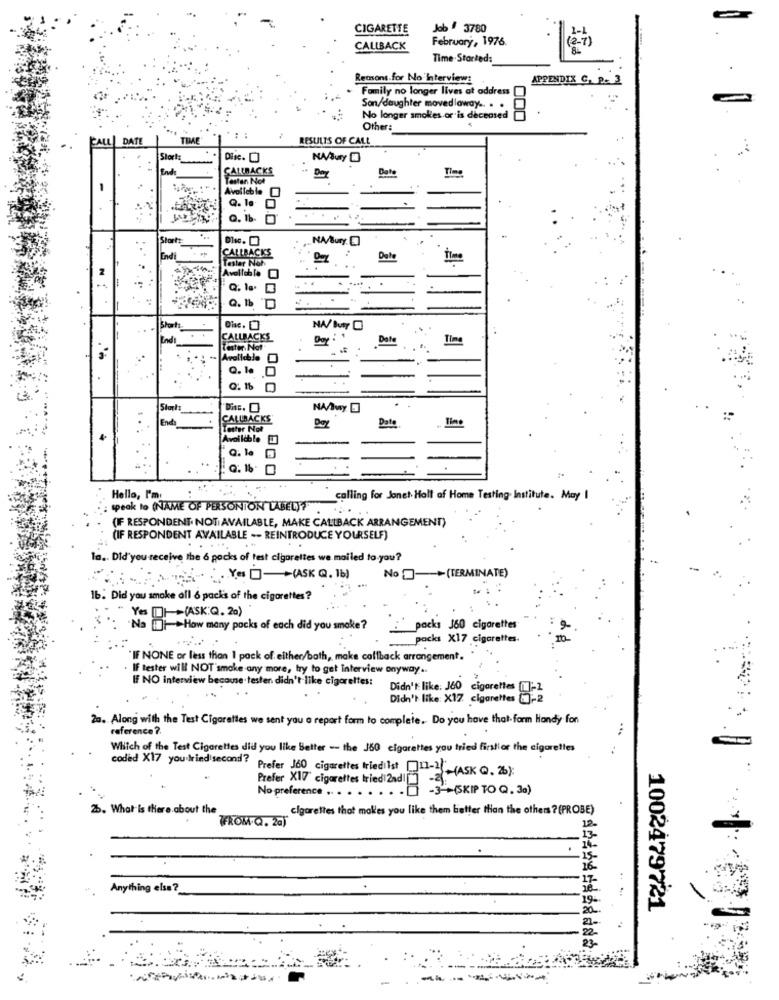
CIGARETTE
Job . 3780
1-1
February, 1976.
CALLBACK
( 2-7 )
Time.Starked:
Reasons for No Interview:
APPENDIX C. P- 3
Family no longer lives at address
Son/daughter movedlaway .. . .
No longer smokes or is deceased
000
Other:
CALL DATE
THAR
RESULTS OF CALL
Stort:
CALLBACKS
Date
Time
Tasten Not
Available
Q. le.
Stort
NA/Bury
CALLBACKS
Tester Noh
Date
Time
Avoltehle
...
Indi
CALLBACKS
Data
Time
Tester Not
Available
Q. b. D
NA/Ivay.
CALLBACKS
Dat
Date
Time
Tester Not
Available
Hello, I'm
calling for Jonet Halt af Home Testing Institute. May I
: speak to (NAME OF PERSONION LABEL)T
(IF RESPONDENT NOT AVAILABLE, MAKE CALLBACK ARRANGEMENT)
(IF RESPONDENT AVAILABLE -- REINTRODUCE YOURSELF)
la .. Did you receive the 6 packs of test cigarettes we mailed to you?
No-+(TERMINATE)
Yes 0- +(ASK Q. 16)
1b. Did you smoke all 6 packs of the cigarettes?
Yes DI(ASK Q. 20)
Na []++How many packs of each did you smoke?
packs J60 cigarettes
packs X17 cigarettes.
IF NONE or less than I pack of either/bath, make callback arrangement.
IF tester will NOT smoke-any more, try to get interview anyway ..
IF NO interview because.testen didn't like cigarettes:
Didn't like: 360
cigarettes [
Didn't like: X17. cigarettes
20. Along with the Test Cigarettes we sent you a report form to complete. Do you have that- form Handy fon
reference ?
Which of the Test Cigarettes did you like Better -- the J60 cigarettes you tried firstfor the cigarettes
coded X17 you tried second?
Prefer 160 cigarettes triedlist ]1-2-(ASK Q. 2):
Prefer X17 cigarettes tried 2nd|[] -2):
No preference .. .
..... . ] -3"+(KIP TO Q. 30)
25. What is there.about the
cigarettes that makes you like them better than the others ? (PROBE)
FROM Q. 2a)
12
Anything else?
1002479721